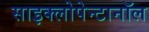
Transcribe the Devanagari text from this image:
साइक्लोपेन्टानॉल